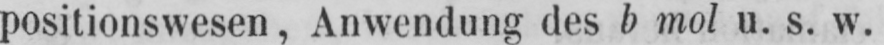
positionswesen, Anwendung des b mol u. s. w.